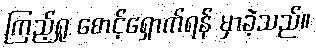
ကြည့်ရှု စောင့်ရှောက်ရန် မှာခဲ့သည်။